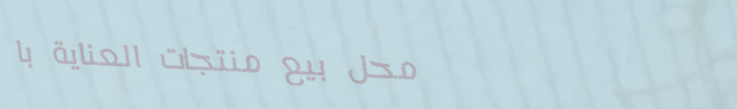
محل بيع منتجات العناية با